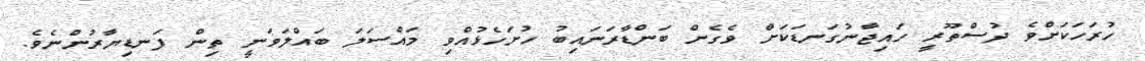
ހުރަހަކަށްވެ ދުސްތޫރީ ހައިޖާނުގަނޑަކަށް ވެގެން ބަންޑާރަނައިބު ހުށަހެޅުއްވި މައްސަލަ ބައްލަވަނީ ތިން ފަނޑިޔާރުންނެވެ.